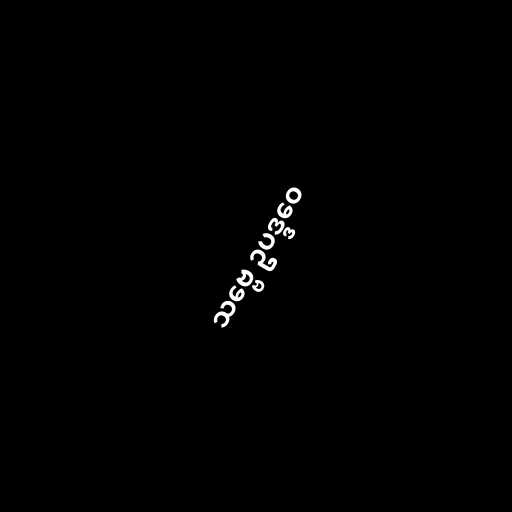
သဗ္ဗေ ဥပဒ္ဒဝေ